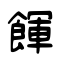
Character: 餫